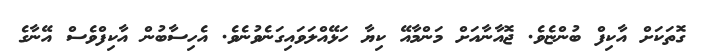
ގޮތަކަށް އާކިފް ބުންޏެވެ. ޖޮއާނާއަށް މަންމާއޭ ކިޔާ ހަޅޭއްލަވައިގަނެވުނެވެ. އެހިސާބުން އާކިފްވެސް އޭނާގެ